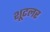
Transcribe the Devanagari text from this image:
शूटलर